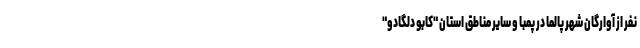
نفر از آوارگان شهر پالما در پمبا و سایر مناطق استان "کابو دلگادو"